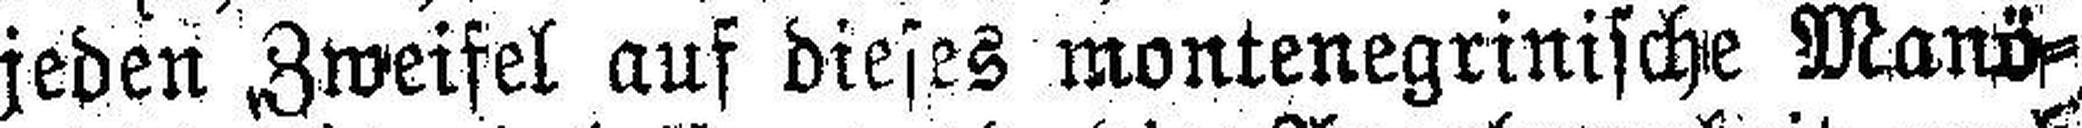
jeden Zweifel auf dieses montenegrinische Manö¬